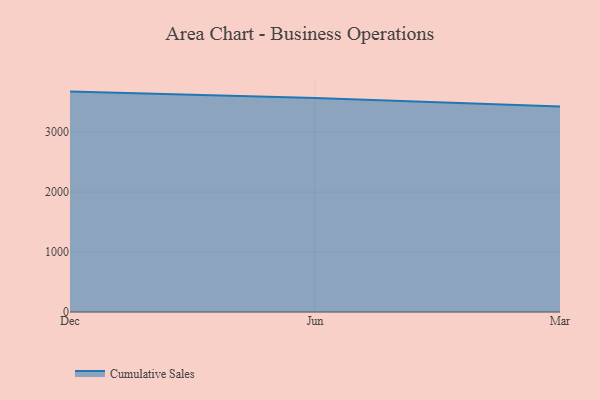
{"axis": {"x": "Month", "y": "Active Users"}, "legend": ["Cumulative Sales"], "data": [{"x": "Dec", "y": 3676.4, "type": "Cumulative Sales"}, {"x": "Jun", "y": 3568.2, "type": "Cumulative Sales"}, {"x": "Mar", "y": 3428.5, "type": "Cumulative Sales"}]}